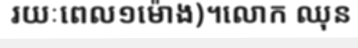
រយៈពេល១ម៉ោង)។លោក ឈុន